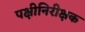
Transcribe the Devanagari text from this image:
पक्षीनिरीक्षक